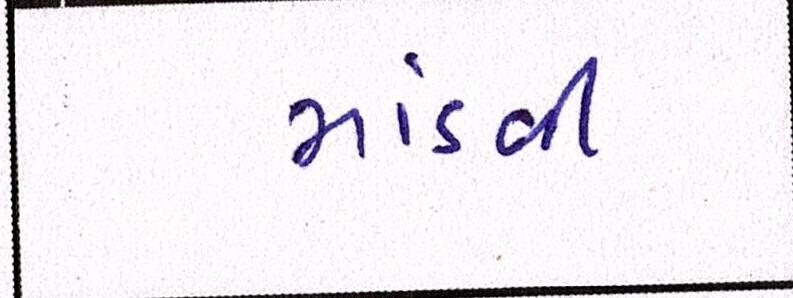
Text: માંડવી